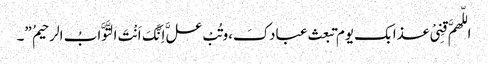
اللّهمَّ قِنِیْ عذابک یوم تبعث عبادکَ،وتُبْ علَّ اِنَّکَ اَنْتَ التَّوَّابُ الرحیمُ ”۔